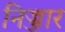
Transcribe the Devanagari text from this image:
निज्जार